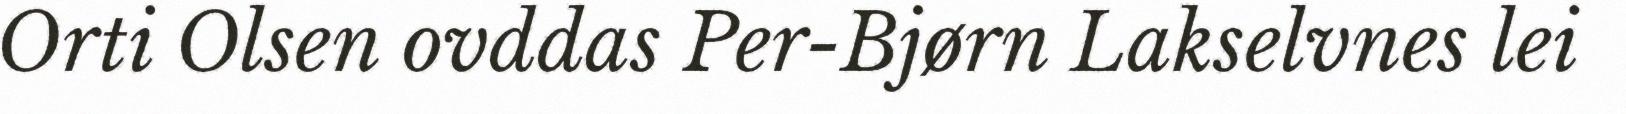
Orti Olsen ovddas Per-Bjørn Lakselvnes lei